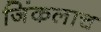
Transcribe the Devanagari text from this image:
जिंकलाच